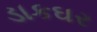
ડાકઘર